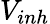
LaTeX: V_{inh}